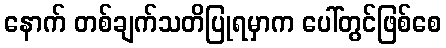
နောက် တစ်ချက်သတိပြုရမှာက ပေါ်တွင်ဖြစ်စေ